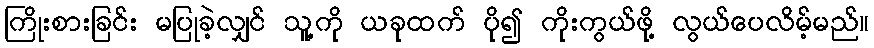
ကြိုးစားခြင်း မပြုခဲ့လျှင် သူ့ကို ယခုထက် ပို၍ ကိုးကွယ်ဖို့ လွယ်ပေလိမ့်မည်။